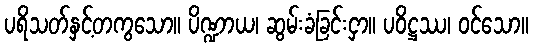
ပရိသတ်နှင့်တကွသော။ ပိဏ္ဍာယ၊ ဆွမ်းခံခြင်းငှာ။ ပဝိဋ္ဌဿ၊ ဝင်သော။